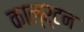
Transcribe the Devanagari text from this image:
काल्र्टन